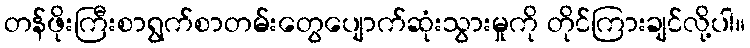
တန်ဖိုးကြီးစာရွက်စာတမ်းတွေပျောက်ဆုံးသွားမှုကို တိုင်ကြားချင်လို့ပါ။